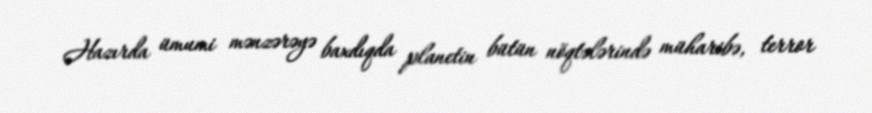
Hazırda ümumi mənzərəyə baxdıqda planetin bütün nöqtələrində müharibə, terror